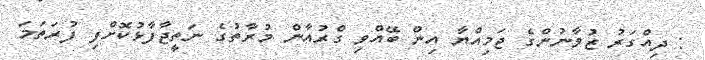
: ދިއްގަރު ޒުވާނުންގެ ޖަމިއްޔާ އިން ބޭއްވި ގްރުއާން މުރާތުގެ ނަތީޖާފާޅުކޮށްފި ފުރަތަމަ